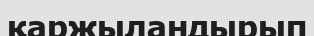
қаржыландырып